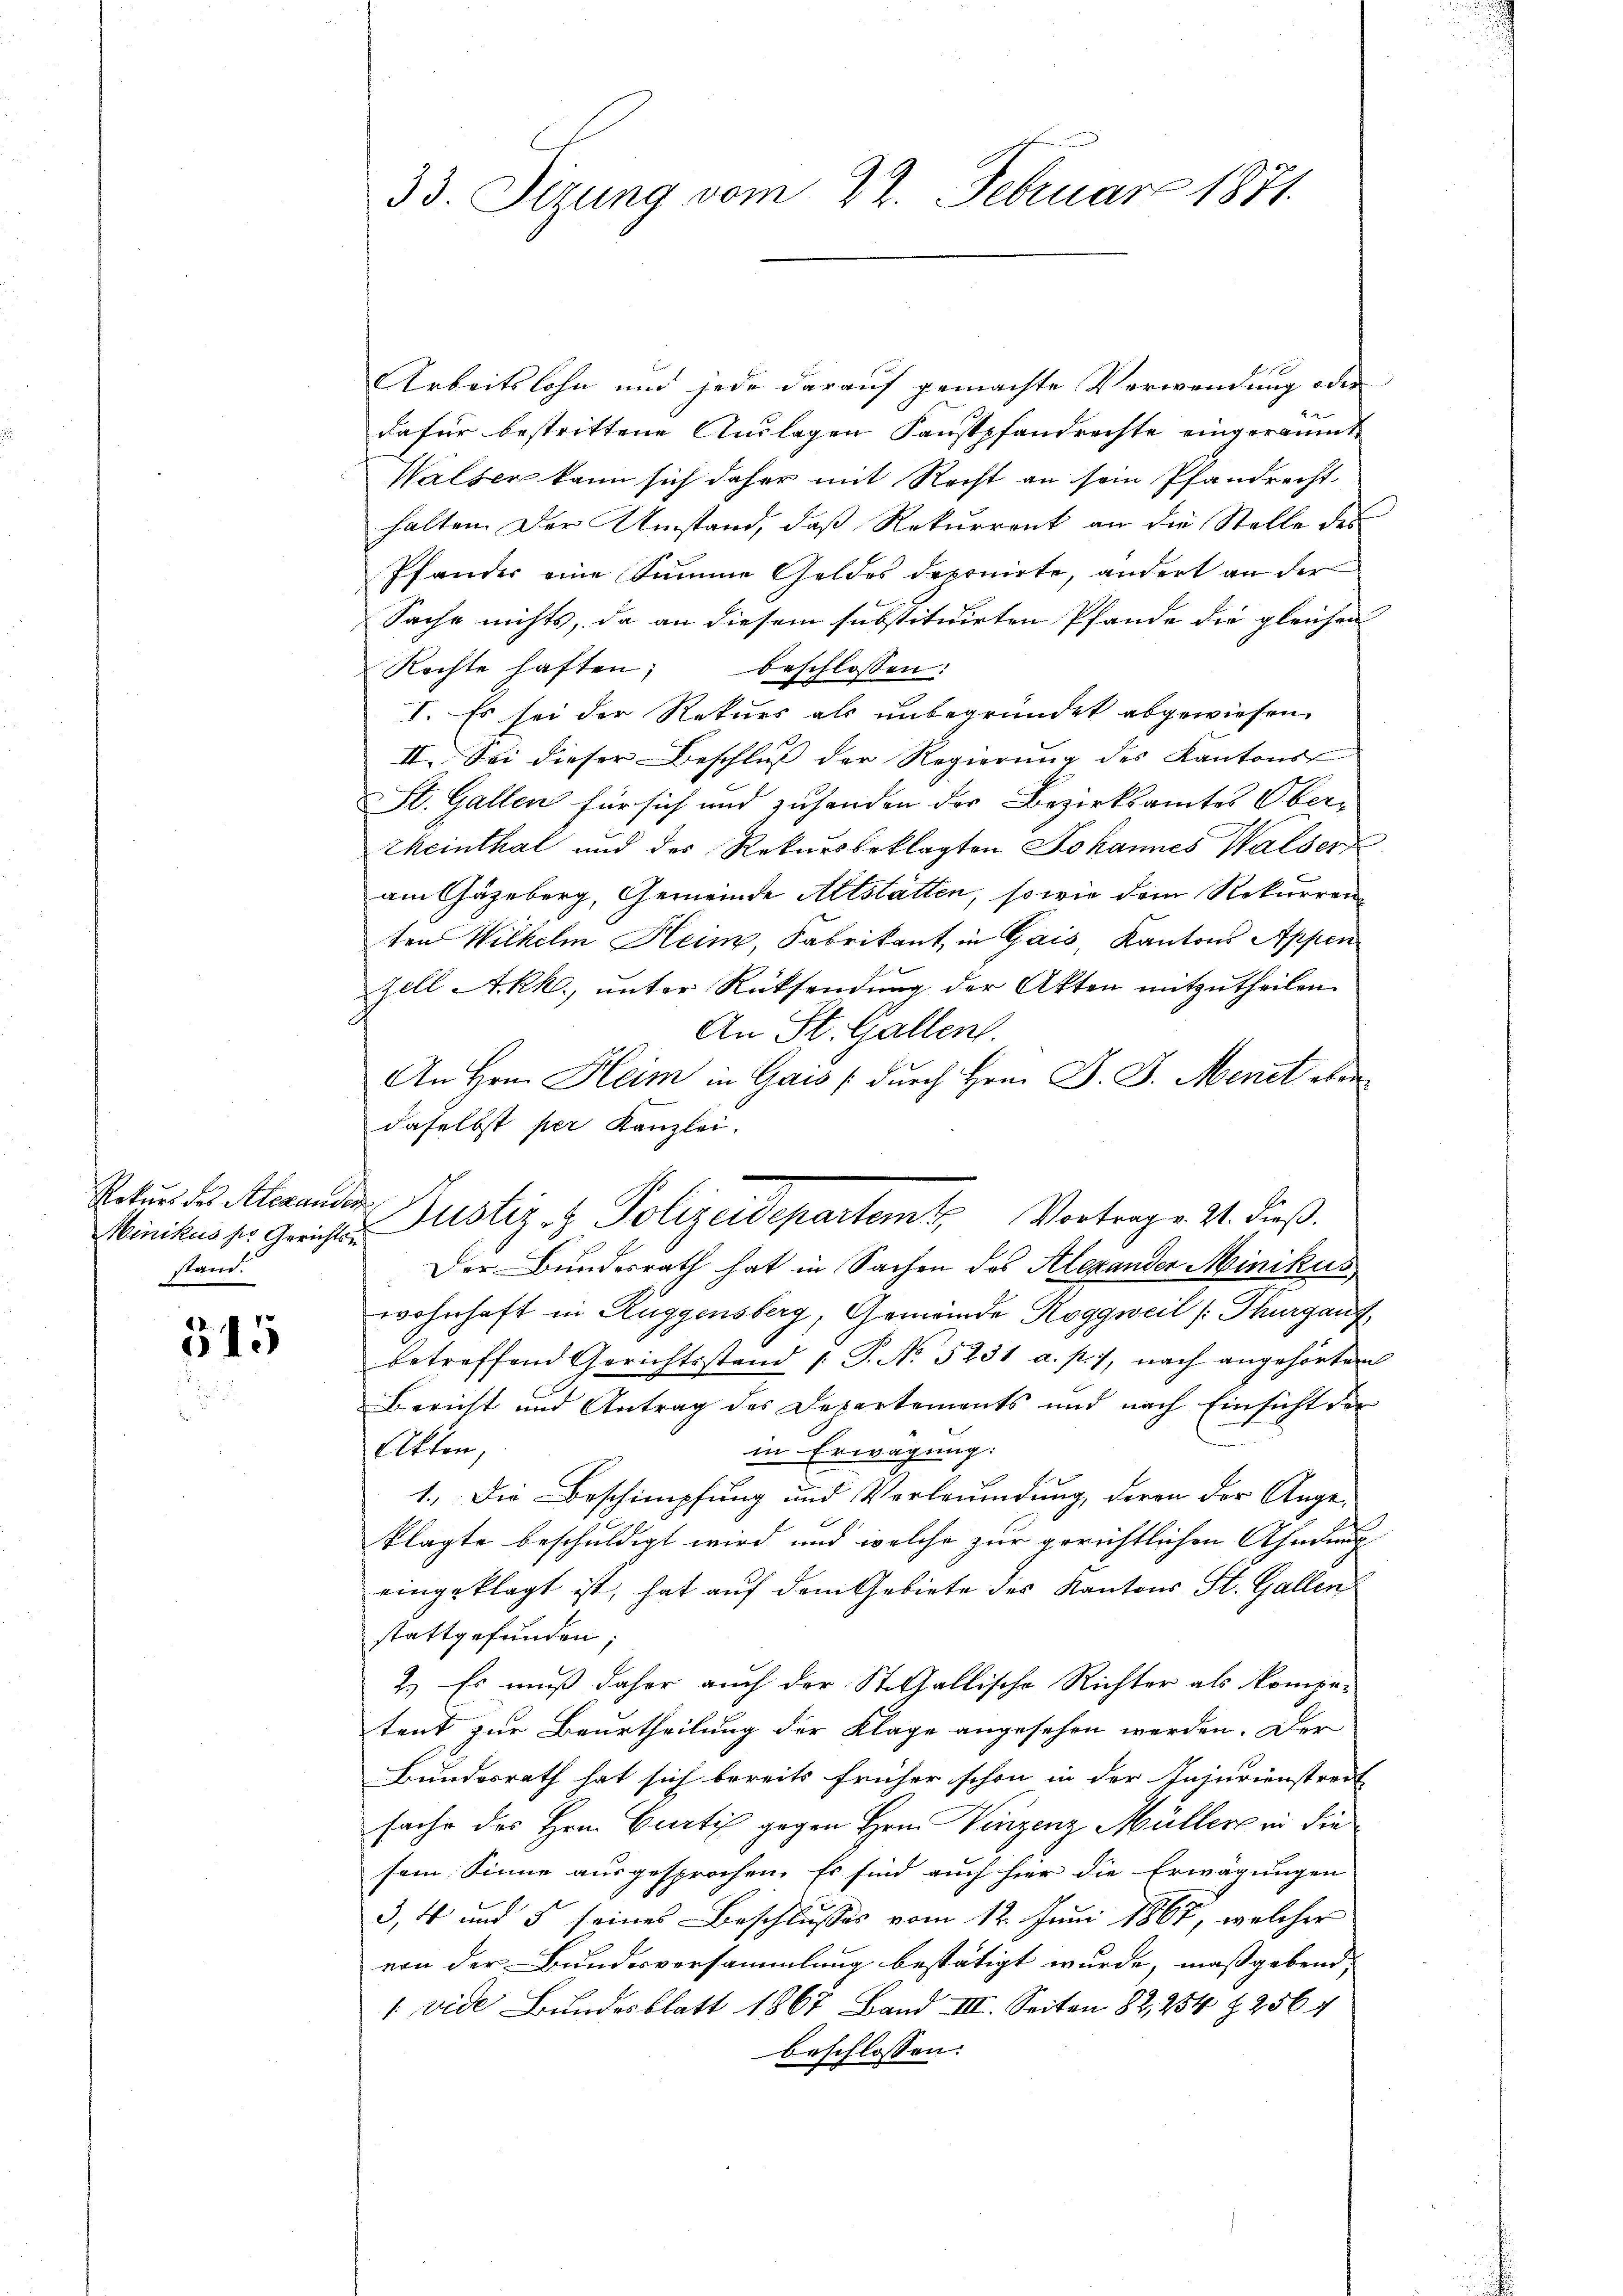
Minikus sie Gerichtsu
stand.

515

33. Sizung vom 22. Februar 1871.

Arbeitslohn und jede darauf gemachte Verwendung oder
dafür bestrittene Auslagen Kunstpfandrechte eingeräumt
Walser kann sich daher mit Recht an sein Pfandrecht.
halten. Der Umstand, daß Rekurrent an die Stelle des
Pfander eine Summe Geldes deponirte, andert an der
Sache nichts, da an diesem substituirten Pfande die gleichen
Rechte haften; beschlossen:
I. Es sei der Rekurs als unbegründet abgewiesen.
II. Sei dieser Beschluß der Regierung des Kantons
St. Gallen für sich und zusenden der Bezirksamtes Ober¬
Rheinthal und des Rekursbeklagten Johannes Walser
am Gäzeberg, Gemeinde Altstatten, sowie dem Rekurrenz
ten Wilhelm Heim, Fabrikant in Gais, Kantons Appen
zell Akk., unter Rücksendung der Akten mitzutheilen.
An St. Gallen.
An Hrn. Heim in Gais (durch Hrn. F. J. Menet eben
daselbst per Kanzlei.
Der Bundesrath hat in Sachen des Alexander Minikus
wohnhaft in Rüggensberg, Gemeinde Roggweil (Thurgauf
betreffend Gerichtsstand /: J. No. 5231 a. p. 1, nach angehörten
Bericht und Antrag des Departements und nach Einsicht der
Akten,
in Erwägung:
1.) Die Beschimpfung und Verleumdung, deren der Ange-
klagte beschuldigt wird, und welche zur gerechtlichen Ahndung
eingeklagt ist, hat auf dem Gebiete des Kantons St. Gallen
stattgefunden;
2.) Es muß daher auch der St. Gallische Richter als kompo-
tent zur Beurtheilung der Klage angesehen werden. Der
Bundesrath hat sich bereits früher schon in der Injurienstreit
sache des Hrn. Curti gegen Hrn. Vinzenz Müller in die
sem Sinne ausgesprochen. Es sind auch hier die Erwägungen
3, 4 und 5 seines Beschlusses vom 12. Juni 1867, welcher
von der Bundesversammlung bestätigt wurde, maßgebend;
 vide Bundesblatt 1867 Band III. Seiten 82, 254 § 256 4
beschlossen:

Satur des Merander Justiz & Polizeidepartem Vortrag v. 24. dieß.